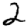
Digit: 2